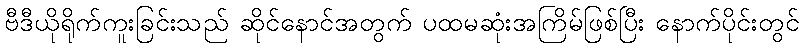
ဗီဒီယိုရိုက်ကူးခြင်းသည် ဆိုင်နောင်အတွက် ပထမဆုံးအကြိမ်ဖြစ်ပြီး နောက်ပိုင်းတွင်